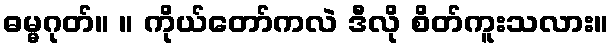
ဓမ္မဂုတ်။ ။ ကိုယ်တော်ကလဲ ဒီလို စိတ်ကူးသလား။